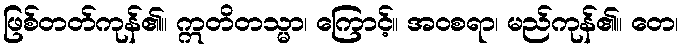
ဖြစ်တတ်ကုန်၏။ ဣတိတသ္မာ၊ ကြောင့်။ အဝစရာ၊ မည်ကုန်၏။ တေ၊